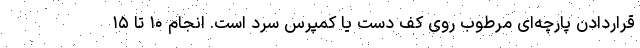
قراردادن پارچه‌ای مرطوب روی کف دست یا کمپرس سرد است. انجام ۱۰ تا ۱۵